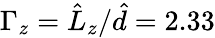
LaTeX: \Gamma_{z}=\hat{L}_{z}/\hat{d}=2.33